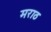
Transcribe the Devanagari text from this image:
मराठ